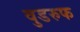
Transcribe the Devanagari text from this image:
वुडरुफ